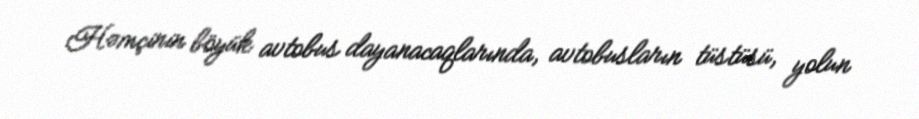
Həmçinin böyük avtobus dayanacaqlarında, avtobusların tüstüsü, yolun